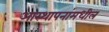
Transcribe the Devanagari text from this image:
आस्थापनांमधील